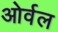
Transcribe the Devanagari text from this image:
ओर्वल